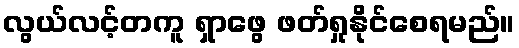
လွယ်လင့်တကူ ရှာဖွေ ဖတ်ရှုနိုင်စေရမည်။